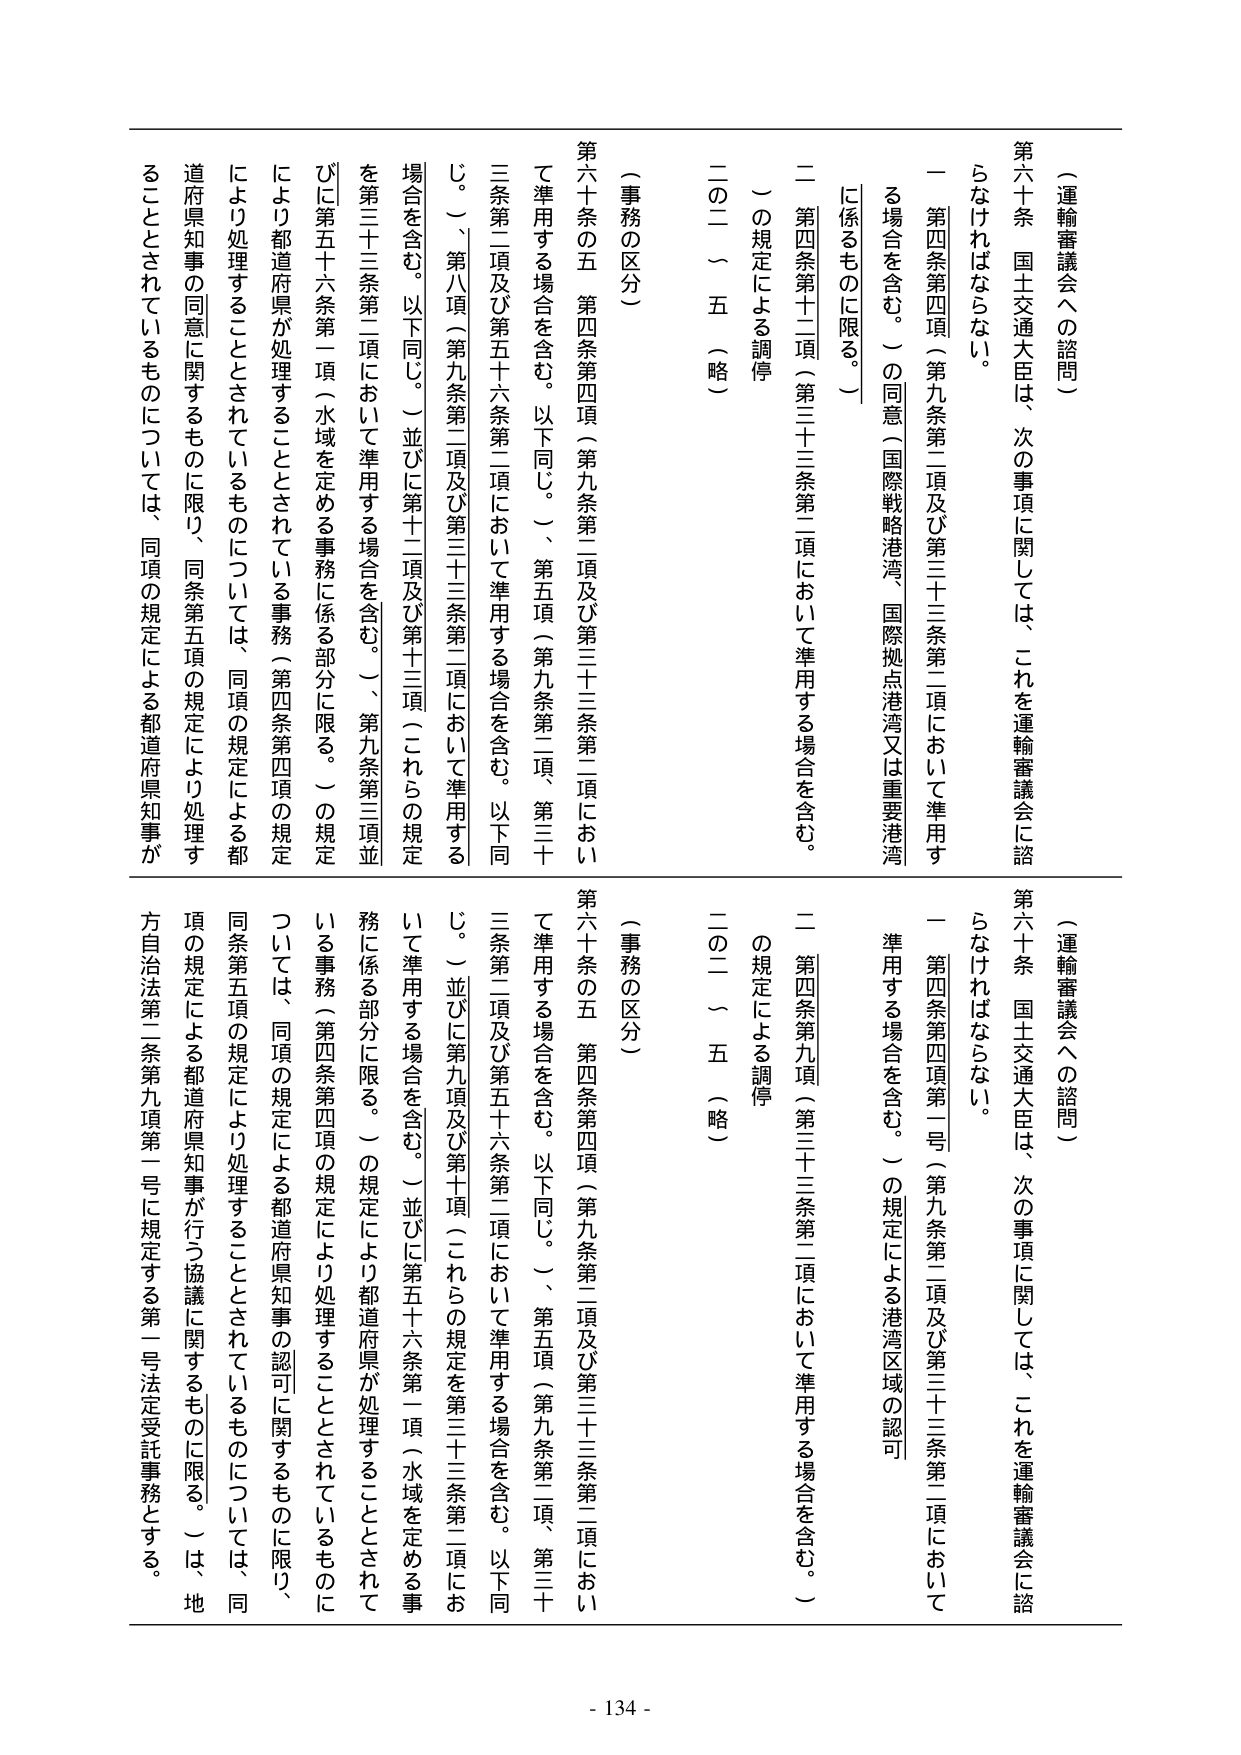
（運輸審議会への諮問）

第六十条 国土交通大臣は、次の事項に関しては、これを運輸審議会に諮らなければならない。

一 第四条第四項（第九条第二項及び第三十三条第二項において準用する場合を含む。）の同意（国際戦略港湾、国際拠点港湾又は重要港湾に係るものに限る。）

二 第四条第十二項（第三十三条第二項において準用する場合を含む。）の規定による調停

二の二～五（略）

（事務の区分）

第六十条の五 第四条第四項（第九条第二項及び第三十三条第二項において準用する場合を含む。以下同じ。）、第五項（第九条第二項、第三十三条第二項及び第五十六条第二項において準用する場合を含む。以下同じ。）、第八項（第九条第二項及び第三十三条第二項において準用する場合を含む。以下同じ。）並びに第十二項及び第十三項（これらの規定を第三十三条第二項において準用する場合を含む。）、第九条第三項並びに第五十六条第一項（水域を定める事務に係る部分に限る。）の規定により都道府県が処理することとされている事務（第四条第四項の規定により処理することとされているものについては、同項の規定による都道府県知事の同意に関するものに限り、同条第五項の規定により処理することとされているものについては、同項の規定による都道府県知事が行う協議に関するものに限る。）は、地方自治法第二条第九項第一号に規定する第一号法定受託事務とする。

（運輸審議会への諮問）

第六十条 国土交通大臣は、次の事項に関しては、これを運輸審議会に諮らなければならない。

一 第四条第四項第一号（第九条第二項及び第三十三条第二項において準用する場合を含む。）の規定による港湾区域の認可

二 第四条第九項（第三十三条第二項において準用する場合を含む。）の規定による調停

二の二～五（略）

（事務の区分）

第六十条の五 第四条第四項（第九条第二項及び第三十三条第二項において準用する場合を含む。以下同じ。）、第五項（第九条第二項、第三十三条第二項及び第五十六条第二項において準用する場合を含む。以下同じ。）並びに第九項及び第十項（これらの規定を第三十三条第二項において準用する場合を含む。）並びに第五十六条第一項（水域を定める事務に係る部分に限る。）の規定により都道府県が処理することとされている事務（第四条第四項の規定により処理することとされているものについては、同項の規定による都道府県知事の認可に関するものに限り、同条第五項の規定により処理することとされているものについては、同項の規定による都道府県知事が行う協議に関するものに限る。）は、地方自治法第二条第九項第一号に規定する第一号法定受託事務とする。

- 134 -